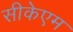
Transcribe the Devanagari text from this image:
सीकेएम